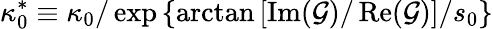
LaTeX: \kappa_{0}^{*}\equiv\kappa_{0}/\exp\left\{ \arctan\left[{\operatorname{Im}(\mathcal{G})/\operatorname{Re}(\mathcal{G})}\right]/s_{0}\right\}